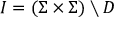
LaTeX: I = ( \Sigma \times \Sigma ) \setminus D